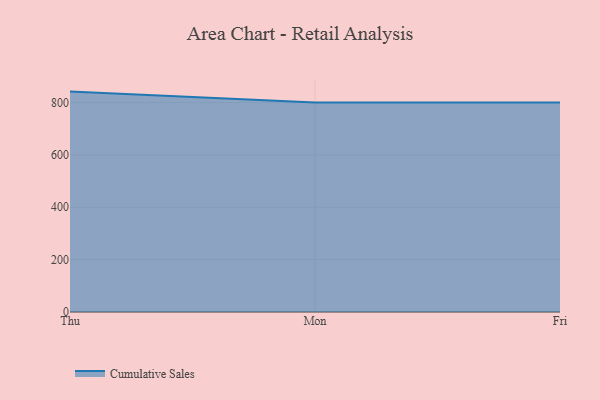
{"axis": {"x": "Day", "y": "Website Visitors"}, "legend": ["Cumulative Sales"], "data": [{"x": "Thu", "y": 841.9, "type": "Cumulative Sales"}, {"x": "Mon", "y": 800, "type": "Cumulative Sales"}, {"x": "Fri", "y": 800, "type": "Cumulative Sales"}]}